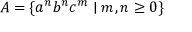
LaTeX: A = \{ a ^ { n } b ^ { n } c ^ { m } \mid m , n \geq 0 \}